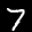
Label: 7